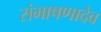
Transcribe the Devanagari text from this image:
संभाषणादेव